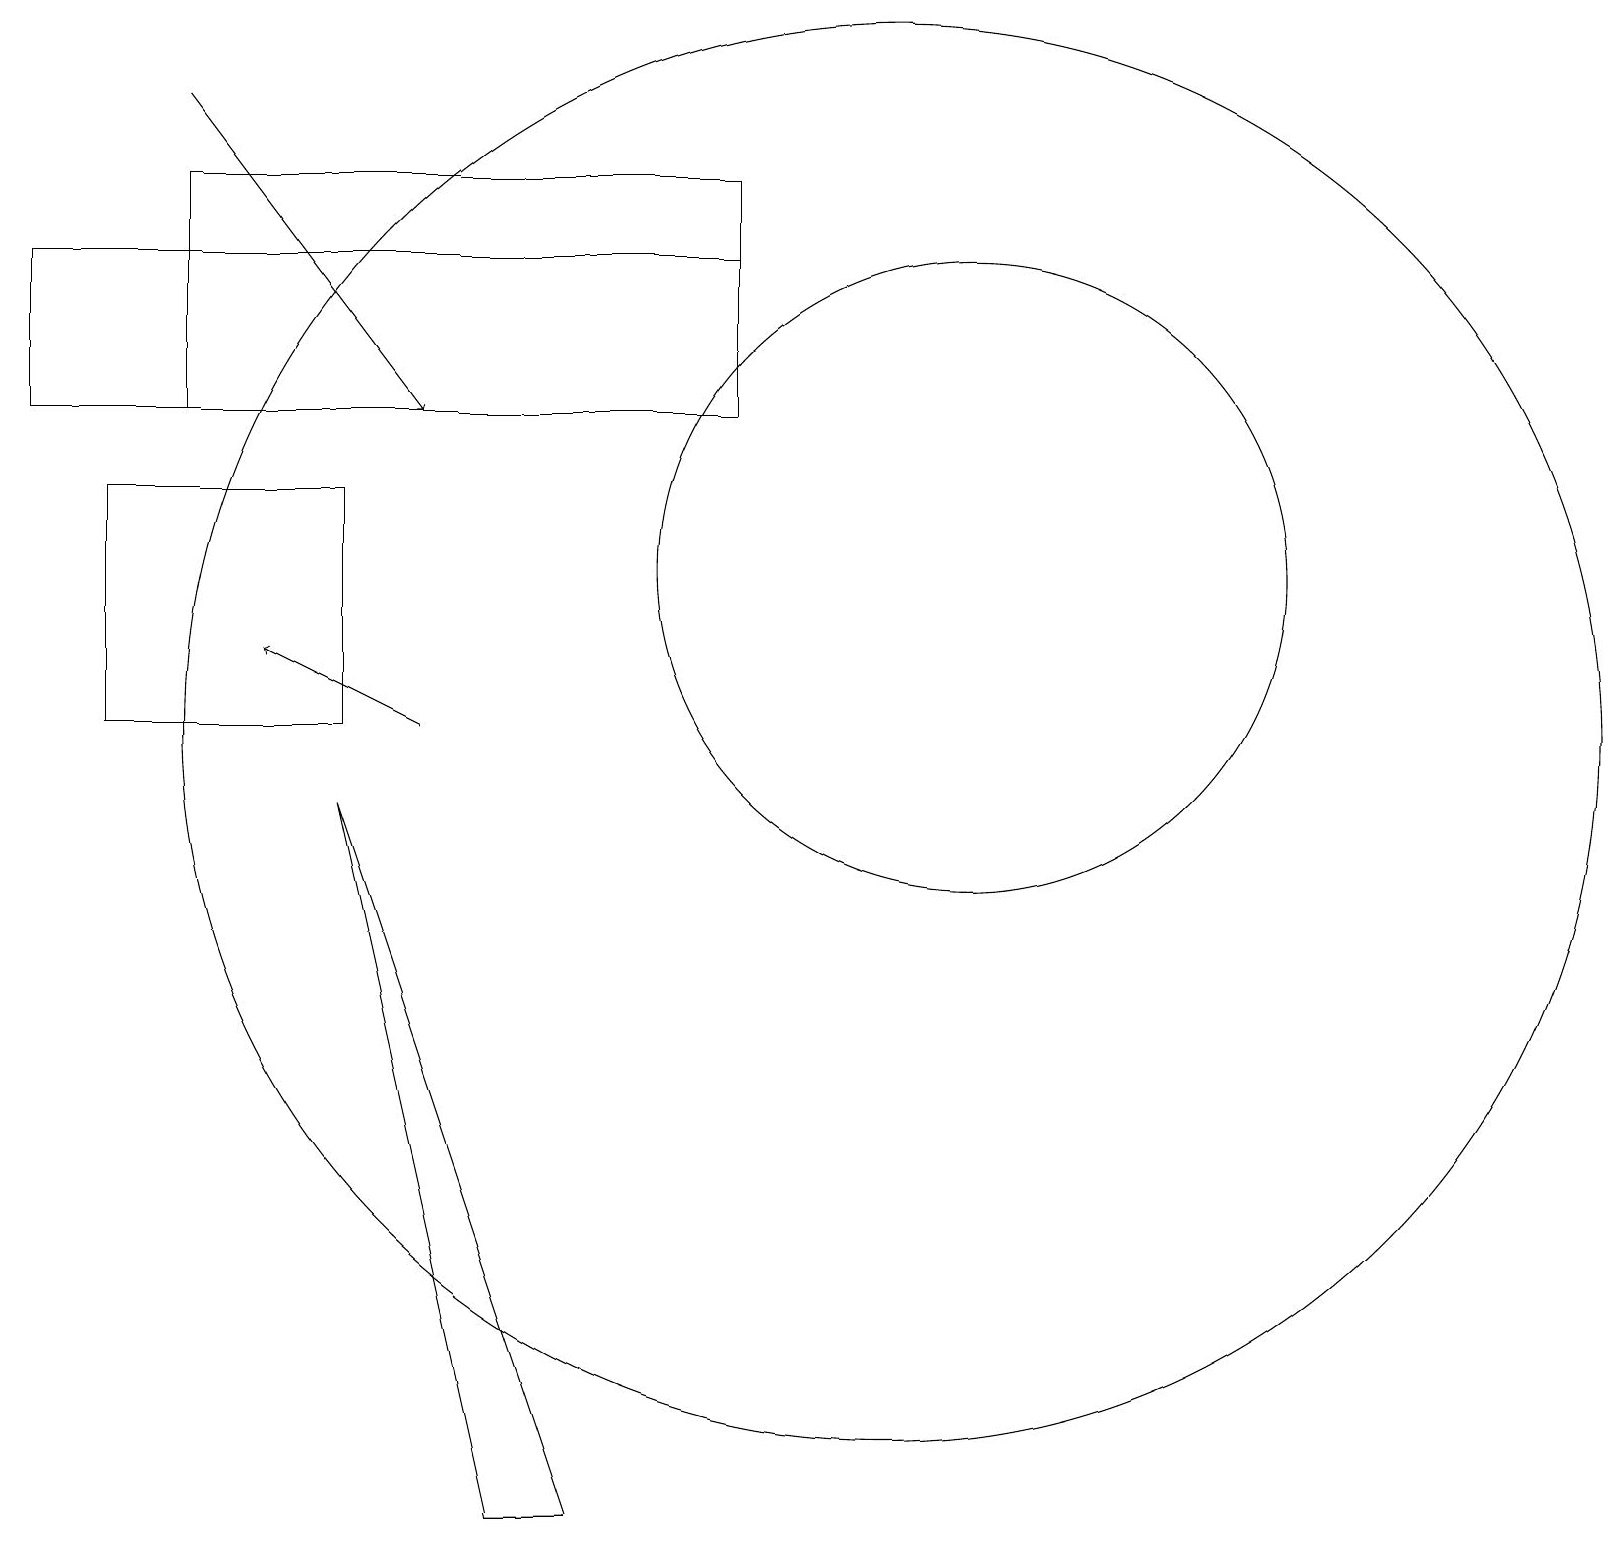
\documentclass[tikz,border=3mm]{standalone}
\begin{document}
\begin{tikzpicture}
\draw (12,12) circle (4);
\draw (11,10) circle (9);
\draw (4,9) -- (6,0) -- (7,0) -- cycle;
\draw[->] (5,10) -- (3,11);
\draw (9,14) rectangle (2,17);
\draw[->] (2,18) -- (5,14);
\draw (1,10) rectangle (4,13);
\draw (0,16) rectangle (9,14);
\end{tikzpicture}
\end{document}